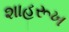
શાહરૂખ